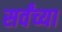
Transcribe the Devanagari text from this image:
सर्वंच्या